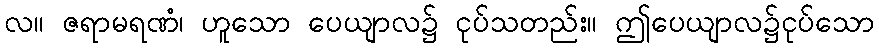
လ။ ဇရာမရဏံ၊ ဟူသော ပေယျာလ၌ ငုပ်သတည်း။ ဤပေယျာလ၌ငုပ်သော